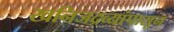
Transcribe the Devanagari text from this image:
खनिजद्रव्यांपासून